Report of an investigation into the causes of malaria in Bombay and the measures necessary for its control
Disease focus: Malaria
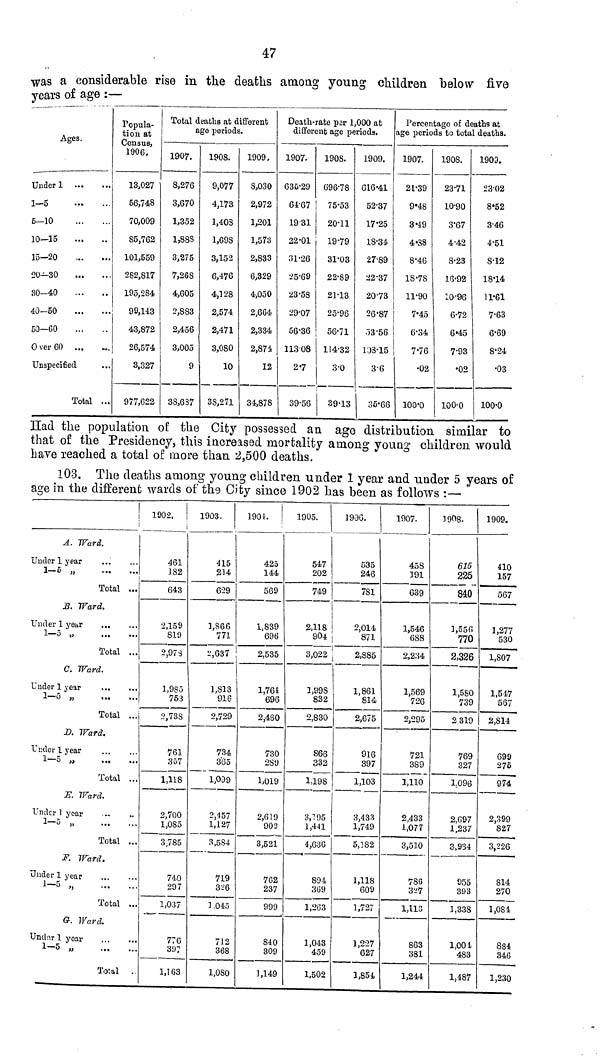
47
was a considerable rise in the deaths among young children below five
years of age :—
Ages.
Under 1
1-5
5—10
10—15
15-20
20—30
30—40
40-50
50—60
Over 60
Unspecified
Total ...
Popula-
tion at
Census,
1906.
13,027
56,748
70,009
85,762
101,559
282,817
195,284
99,143
43,872
26,574
3,327
977,622
Total deaths at different
age periods.
1907.
8,276
3,670
1,352
1,883
3,275
7,26S
4,605
2,883
2,456
3,005
9
38,637
1908.
9,077
4,173
l,40S
1,69S
3,152
6,476
4,128
2,574
2,471
3,080
10
3S,27l
1909
S,030
2,972
1,201
1,573
2,833
6,329
4,050
2,664
2,334
2,874
12
34,878
Death-rate par 1,000 at
different age periods.
1907.
635.29
64.67
19.31
22.01
31.26
25.69
23.58
29.07
56.36
11308
2.7
39.56
1908.
696.78
75.53
20.11
1979
31.03
22.89
21.13
25.96
56.71
114.32
3.0
39.13
1909.
616.41
52.37
17.25
18.34
27.89
22.37
20.73
26.87
53.56
108.15
3.6
35.66
Percentage of deaths at
age periods to total deaths.
1907.
21.39
9.48
349
4.38
8.46
18.78
11.90
7.45
6.34
7.76
.02
100.0
1908.
23.71
10.90
3.67
4-42
8-23
13-92
10-96
6-72
6 «45
7-93
•02
100-0
1903.
23-02
8*52
346
4-51
S-12
18-14
irei
7-63
6-69
S'24
•03
100-0
Had the population of the City possessed an age distribution similar to
that of the Presidency, this increased mortality among young children would
bave reached a total of more than 2,500 deaths.
103. The deaths among young children under 1 year and under 5 years of
age in the different wards of ths City since 1902 has been as follows :—
i
A. Ward.
Under 1 year
1-5 »
Total ...
JB. Ward.
Under 1 year
...
1-5 „
Total ...
C. Ward.
Under 1 year
1—5 ,,
Total ...
D. Ward.
Under 1 year
1—5 „
Total ...
JE". Ward.
Under 1 year
1-5 ,
Total ...
F. Ward.
Under 1 year
i-s „
Total ...
G. Ward.
Undnr 1 year
...
...
1 5 „
...
Total .
1902.
¡
461
1S2
643
2,159
819
2,973
1,985
753
2,73S
761
357
1,118
2,700
1,085
3,785
740
297
1,037
770
397
1,163
1903.
415
214
629
1.866
771
2,637
1,813
916
2,729
734
365
1,099
2,457
1,127
3,584
719
3- ; 6
3.045
712
368
1,080
1901.
425
144
569
1,839
696
2,535
1,764
696
2,450
730
2S9
1,019
2,619
902
3,521
702
237
999
840
309
1,149
1905.
547
202
749
2,118
904
3,022
1,998
832
2,830
S66
332
1,198
3,195
1,441
4,63G
894
3G9
1.2G3
1,043
459
1,502
1906.
535
246
7S1
2,014
871
2,885
1,861
814
2,675
916
397
1,103
3,433
1,749
5,182
1,118
60 c J
1,727
1,227
627
1,851
1907.
i
458
191
039
1,546
6S8
2,234
1,569
726
2,295
721
389
1,110
2,433
1,077
3,510
78G
327
1,113
863
381
1,244
3908.
615
225
840
1,556
770
2,326
1,580
739
2 319
769
327
1.096
2,097
1,237
3,934
S55
3Ô3
1,338
1,004
483
1,487
1909.
410
157
567
1,277
530
1,807
1,547
567
2,814
699
276
974
2,399
827
3,226
S14
270
1,084
884
346
1,230